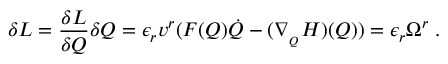
\delta L = \frac { \delta L } { \delta Q } \delta Q = \epsilon _ { r } v ^ { r } ( F ( Q ) \dot { Q } - ( \nabla _ { _ Q } H ) ( Q ) ) = \epsilon _ { r } \Omega ^ { r } \; .